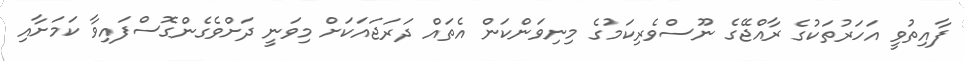
ފާއިތުވީ އަހަރުތަކުގެ ރާއްޖޭގެ ނޫސްވެރިކަމުގެ މިނިވަންކަން އެތައް ދަރަޖައަކަށް މިވަނީ ދަށްވެގެންގޮސްފައިވާ ކަމަށާއި